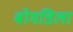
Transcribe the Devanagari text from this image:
बोमडिला